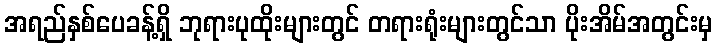
အရည်နှစ်ပေခန့်ရှိ ဘုရားပုထိုးများတွင် တရားရုံးများတွင်သာ ပိုးအိမ်အတွင်းမှ